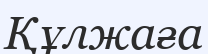
Құлжаға